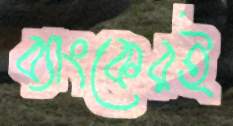
ব্যাংকেরই